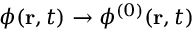
\phi ( \mathbf { r } , t ) \rightarrow \phi ^ { ( 0 ) } ( \mathbf { r } , t )